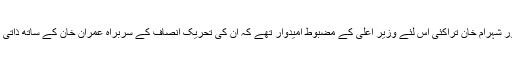
عاطف خان اور شہرام خان تراکئی اس لئے وزیر اعلی کے مضبوط امیدوار تھے کہ ان کی تحریک انصاف کے سربراہ عمران خان کے ساتھ ذاتی دوستیاں تھیں۔